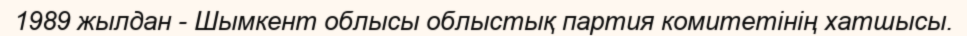
1989 жылдан - Шымкент облысы облыстық партия комитетінің хатшысы.